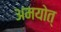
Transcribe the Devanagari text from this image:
अमयोत्